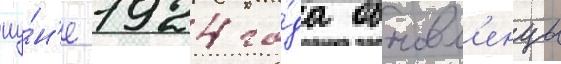
иу́н'е 1924 го́да обновл'енцы